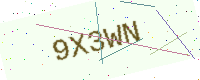
Text: 9X3WN